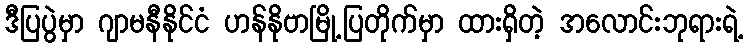
ဒီပြပွဲမှာ ဂျာမနီနိုင်ငံ ဟန်နိုဗာမြို့ပြတိုက်မှာ ထားရှိတဲ့ အလောင်းဘုရားရဲ့